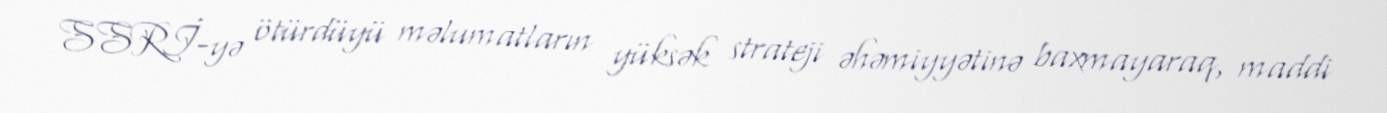
SSRİ-yə ötürdüyü məlumatların yüksək strateji əhəmiyyətinə baxmayaraq, maddi